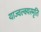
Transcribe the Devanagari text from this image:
याज्‍वल्क्यस्मृति